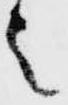
之